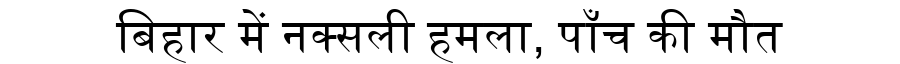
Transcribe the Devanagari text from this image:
बिहार में नक्सली हमला, पाँच की मौत